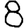
Digit: 8